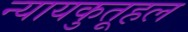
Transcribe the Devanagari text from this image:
न्यायकुतूहल